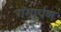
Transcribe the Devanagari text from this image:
गंगार्पण